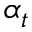
\alpha _ { t }